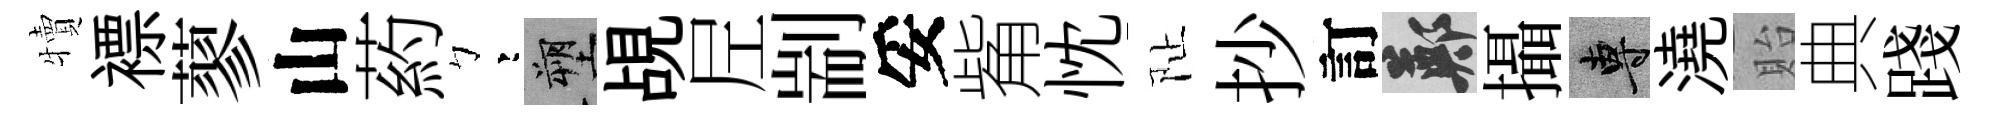
犢褾蓼山葯彎塑覘𡰱剬妥觜忱阯抄訂鄭攝專澆貽典踐